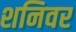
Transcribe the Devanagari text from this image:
शनिवर